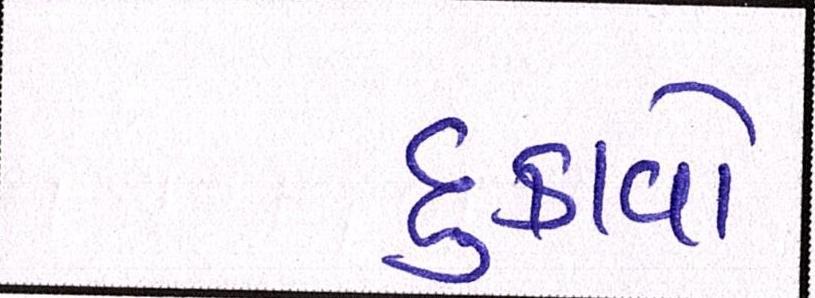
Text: દુઃકાવો